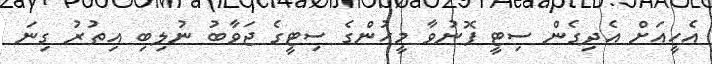
އެހީއަށް އެދިގެން ސިޓީ ފޮނުވާ މީހުންގެ ސިޓީގެ ޖަވާބު ނުލިބި އިތުރު ގިނަ